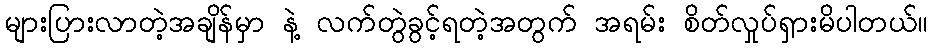
များပြားလာတဲ့အချိန်မှာ နဲ့ လက်တွဲခွင့်ရတဲ့အတွက် အရမ်း စိတ်လှုပ်ရှားမိပါတယ်။